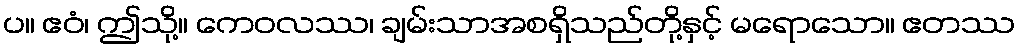
ပ။ ဧဝံ၊ ဤသို့။ ကေဝလဿ၊ ချမ်းသာအစရှိသည်တို့နှင့် မရောသော။ ဧတဿ